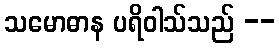
သမောဓာန ပရိဝါသ်သည် --